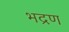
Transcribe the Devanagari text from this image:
भद्रण